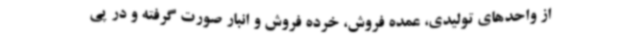
از واحدهای تولیدی، عمده فروش، خرده فروش و انبار صورت گرفته و در پی